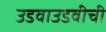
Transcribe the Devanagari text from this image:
उडवाउडवीची